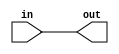
// This program was cloned from: https://github.com/splinedrive/RISCV-KianV-BareMetalStyle
// License: Apache License 2.0

/*
This file provides the mapping from the Wokwi modules to Verilog HDL

It's only needed for Wokwi designs

*/
`default_nettype none

module buffer_cell (
    input  wire in,
    output wire out
);
  assign out = in;
endmodule

module and_cell (
    input  wire a,
    input  wire b,
    output wire out
);

  assign out = a & b;
endmodule

module or_cell (
    input  wire a,
    input  wire b,
    output wire out
);

  assign out = a | b;
endmodule

module xor_cell (
    input  wire a,
    input  wire b,
    output wire out
);

  assign out = a ^ b;
endmodule

module nand_cell (
    input  wire a,
    input  wire b,
    output wire out
);

  assign out = !(a & b);
endmodule

module not_cell (
    input  wire in,
    output wire out
);

  assign out = !in;
endmodule

module mux_cell (
    input  wire a,
    input  wire b,
    input  wire sel,
    output wire out
);

  assign out = sel ? b : a;
endmodule

module dff_cell (
    input  wire clk,
    input  wire d,
    output reg  q,
    output wire notq
);

  assign notq = !q;
  always @(posedge clk) q <= d;

endmodule

module dffsr_cell (
    input  wire clk,
    input  wire d,
    input  wire s,
    input  wire r,
    output reg  q,
    output wire notq
);

  assign notq = !q;

  always @(posedge clk or posedge s or posedge r) begin
    if (r) q <= 0;
    else if (s) q <= 1;
    else q <= d;
  end
endmodule